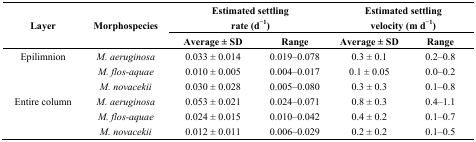
<table><thead><tr><td rowspan="2"><b>Layer</b></td><td rowspan="2"><b>Morphospecies</b></td><td colspan="2"><b>Estimated settling rate (d<sup>−1</sup>)</b></td><td colspan="2"><b>Estimated settling velocity (m d<sup>−1</sup>)</b></td></tr><tr><td><b>Average ± SD</b></td><td><b>Range</b></td><td><b>Average ± SD</b></td><td><b>Range</b></td></tr></thead><tbody><tr><td>Epilimnion</td><td><i>M. aeruginosa</i></td><td>0.033 ± 0.014</td><td>0.019–0.078</td><td>0.3 ± 0.1</td><td>0.2–0.8</td></tr><tr><td></td><td><i>M. flos-aquae</i></td><td>0.010 ± 0.005</td><td>0.004–0.017</td><td>0.1 ± 0.05</td><td>0.0–0.2</td></tr><tr><td></td><td><i>M. novacekii</i></td><td>0.030 ± 0.028</td><td>0.005–0.080</td><td>0.3 ± 0.3</td><td>0.1–0.8</td></tr><tr><td>Entire column</td><td><i>M. aeruginosa</i></td><td>0.053 ± 0.021</td><td>0.024–0.071</td><td>0.8 ± 0.3</td><td>0.4–1.1</td></tr><tr><td></td><td><i>M. flos-aquae</i></td><td>0.024 ± 0.015</td><td>0.010–0.042</td><td>0.4 ± 0.2</td><td>0.1–0.7</td></tr><tr><td></td><td><i>M. novacekii</i></td><td>0.012 ± 0.011</td><td>0.006–0.029</td><td>0.2 ± 0.2</td><td>0.1–0.5</td></tr></tbody></table>